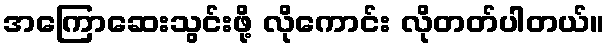
အကြောဆေးသွင်းဖို့ လိုကောင်း လိုတတ်ပါတယ်။